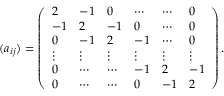
( a _ { i j } ) = \left( \begin{array} { l l l l l l } { 2 } & { - 1 } & { 0 } & { \cdots } & { \cdots } & { 0 } \\ { - 1 } & { 2 } & { - 1 } & { 0 } & { \cdots } & { 0 } \\ { 0 } & { - 1 } & { 2 } & { - 1 } & { \cdots } & { 0 } \\ { \vdots } & { \vdots } & { \vdots } & { \vdots } & { \vdots } & { \vdots } \\ { 0 } & { \cdots } & { \cdots } & { - 1 } & { 2 } & { - 1 } \\ { 0 } & { \cdots } & { \cdots } & { 0 } & { - 1 } & { 2 } \end{array} \right) .